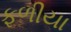
ફળીયા